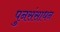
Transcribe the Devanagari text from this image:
पुनसंसाधन